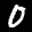
Label: 0